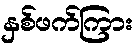
နှစ်ဖက်ကြား